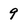
Character: 9